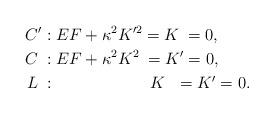
LaTeX: \begin{align*}C'&: EF + \kappa^2 K'^2 = K\phantom{'} = 0, \\C \phantom{'} &: EF + \kappa^2 K^2\phantom{'} = K' = 0, \\L\phantom{'} &: \qquad\phantom{EF + \kappa^2} K\phantom{'^2} = K' = 0.\end{align*}